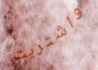
واشتريت